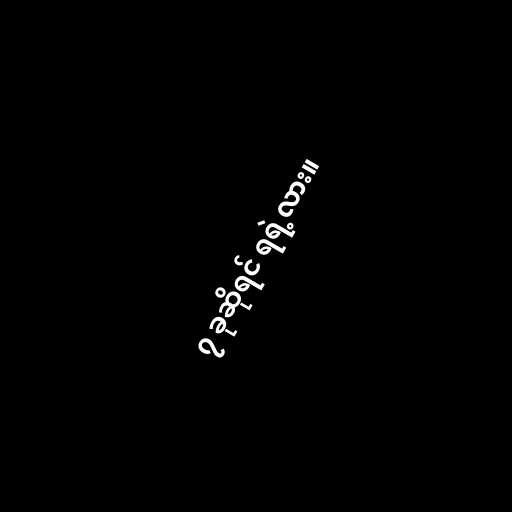
၇ ခုဆိုရင် ရရဲ့လား။